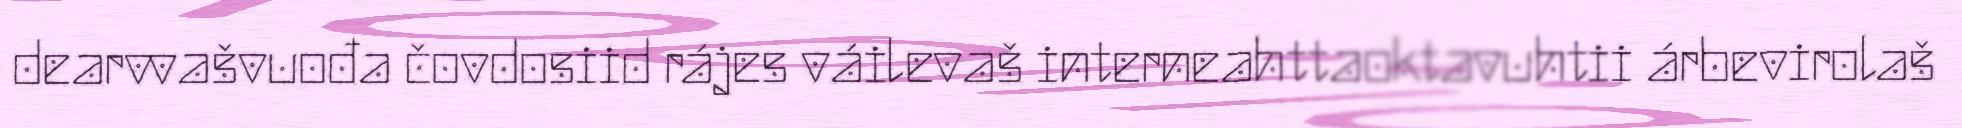
dearvvašvuođa čovdosiid rájes váilevaš interneahttaoktavuhtii árbevirolaš